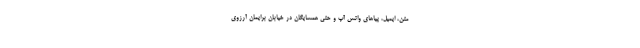
متن، ایمیل، پیا‌های واتس آپ و حتی همسایگان در خیابان برایمان آرزوی